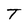
Character: T